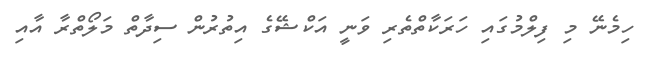
ހިމެނޭ މި ފިލްމުގައި ހަރަކާތްތެރި ވަނީ އަކްޝޭގެ އިތުރުން ސިދާތް މަލޯތްރާ އާއި